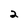
Character: 2